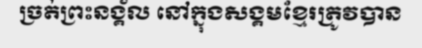
ច្រត់ព្រះនង្គ័ល នៅក្នុងសង្គមខ្មែរត្រូវបាន